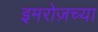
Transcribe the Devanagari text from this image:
इमरोज़च्या